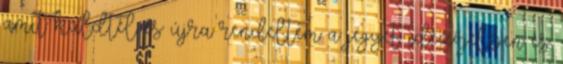
amit küldtél és újra rendeltem a jegyet idézőjelben és